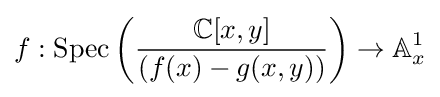
f:\operatorname {Spec} \left({\frac {\mathbb {C} [x,y]}{(f(x)-g(x,y))}}\right)\to \mathbb {A} _{x}^{1}